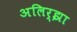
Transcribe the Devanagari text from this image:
अलिर्झा